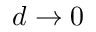
d \to 0